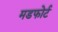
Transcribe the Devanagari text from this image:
मडफोर्ट